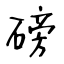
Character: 磅